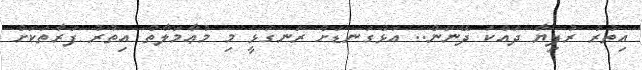
އިތުރު ރުފިޔާ ދައްކަ ދޭނަން.. އަޅުގަނޑަށް ރަނގަޅީ މި މުޢާމަލާތް އިތުރު ފަރާތަކަށް